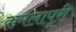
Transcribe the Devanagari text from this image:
कमलापूरी